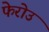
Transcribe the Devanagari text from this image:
फेरोउ